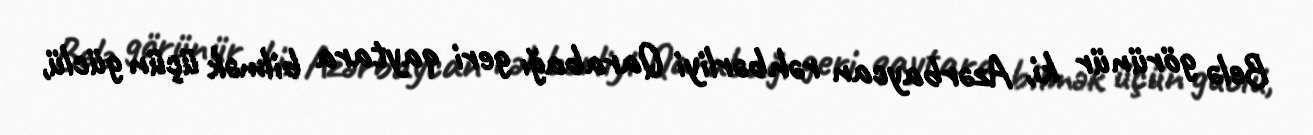
Belə görünür ki, Azərbaycan rəhbərliyi Qarabağı geri qaytara bilmək üçün güclü,